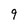
Character: 9